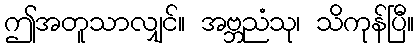
ဤအတူသာလျှင်။ အဗ္ဘညံသု၊ သိကုန်ပြီ။